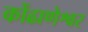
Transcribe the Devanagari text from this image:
कोंढाणेश्वर